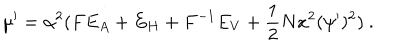
LaTeX: \mu ^ { \prime } = \alpha ^ { 2 } ( F E _ { A } + E _ { H } + F ^ { - 1 } E _ { V } + { \frac { 1 } { 2 } } N x ^ { 2 } ( \psi ^ { \prime } ) ^ { 2 } ) \ .